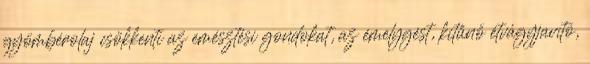
gyömbérolaj csökkenti az emésztési gondokat, az émelygést, kitűnő étvágyjavító,